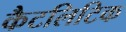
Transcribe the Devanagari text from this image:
कैटलिटिक